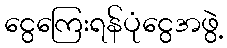
ငွေကြေးရန်ပုံငွေအဖွဲ့